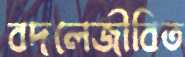
বদলেজীবিত